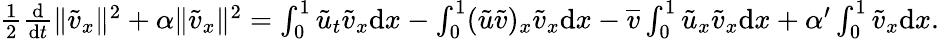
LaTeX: \begin{array}{r}{\frac 12\frac{\mathrm{d}}{\mathrm{d}t}\| {\tilde{v}}_{x}\| ^{2}+\alpha\| {\tilde{v}}_{x}\| ^{2}=\int_{0}^{1}{\tilde{u}}_{t}{\tilde{v}}_{x}{\mathrm{d}x}-\int_{0}^{1}({\tilde{u}}{\tilde{v}})_{x}{\tilde{v}}_{x}{\mathrm{d}x}-\overline{{v}}\int_{0}^{1}{\tilde{u}}_{x}{\tilde{v}}_{x}{\mathrm{d}x}+\alpha^{\prime}\int_{0}^{1}{\tilde{v}}_{x}{\mathrm{d}x}.}\end{array}